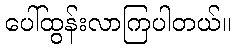
ပေါ်ထွန်းလာကြပါတယ်။